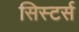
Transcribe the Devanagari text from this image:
सिस्टर्स